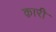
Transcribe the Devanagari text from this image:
क़ारी